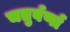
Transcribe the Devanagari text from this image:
चतुर्वर्णा